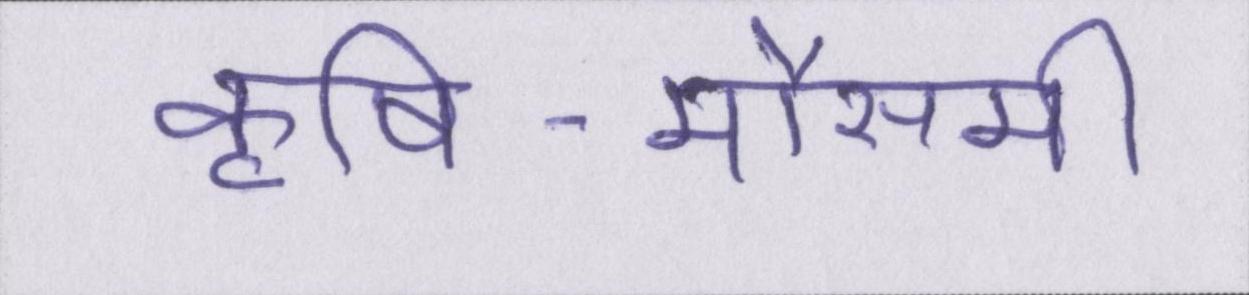
कृषि-मौसमी